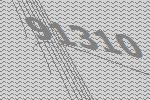
91310